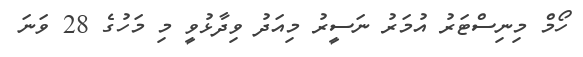
ހޯމް މިނިސްޓަރު އުމަރު ނަސީރު މިއަދު ވިދާޅުވީ މި މަހުގެ 28 ވަނަ